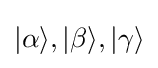
|\alpha \rangle ,|\beta \rangle ,|\gamma \rangle